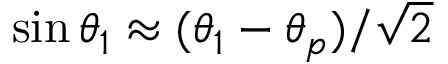
\sin \theta _ { 1 } \approx ( \theta _ { 1 } - \theta _ { p } ) / \sqrt { 2 }